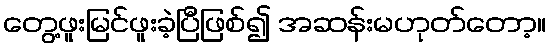
တွေ့ဖူးမြင်ဖူးခဲ့ပြီဖြစ်၍ အဆန်းမဟုတ်တော့။